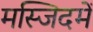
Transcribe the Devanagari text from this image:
मस्जिदमें